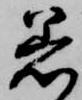
着